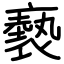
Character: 褻